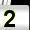
Digit: 2